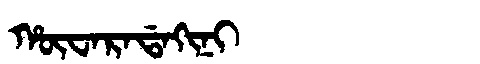
Manchu: ᡥᡡᠸᠠᡵᠠᡩᠠᡴᡳᠨᡳ
Romanization: HŪWARADAKINI